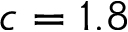
c = 1 . 8